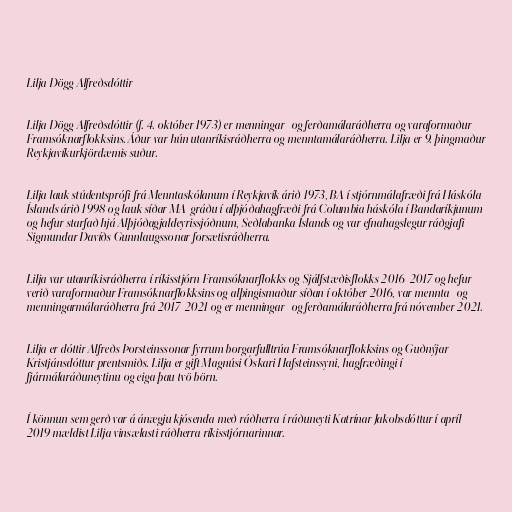
Lilja Dögg Alfreðsdóttir

Lilja Dögg Alfreðsdóttir (f. 4. október 1973) er menningar- og ferðamálaráðherra og varaformaður
Framsóknarflokksins. Áður var hún utanríkisráðherra og menntamálaráðherra. Lilja er 9. þingmaður
Reykjavíkurkjördæmis suður.

Lilja lauk stúdentsprófi frá Menntaskólanum í Reykjavík árið 1973, BA í stjórnmálafræði frá Háskóla
Íslands árið 1998 og lauk síðar MA-gráðu í alþjóðahagfræði frá Columbia háskóla í Bandaríkjunum
og hefur starfað hjá Alþjóðagjaldeyrissjóðnum, Seðlabanka Íslands og var efnahagslegur ráðgjafi
Sigmundar Davíðs Gunnlaugssonar forsætisráðherra.

Lilja var utanríkisráðherra í ríkisstjórn Framsóknarflokks og Sjálfstæðisflokks 2016-2017 og hefur
verið varaformaður Framsóknarflokksins og alþingismaður síðan í október 2016, var mennta- og
menningarmálaráðherra frá 2017-2021 og er menningar- og ferðamálaráðherra frá nóvember 2021.

Lilja er dóttir Alfreðs Þorsteinssonar fyrrum borgarfulltrúa Framsóknarflokksins og Guðnýjar
Kristjánsdóttur prentsmiðs. Lilja er gift Magnúsi Óskari Hafsteinssyni, hagfræðingi í
fjármálaráðuneytinu og eiga þau tvö börn.

Í könnun sem gerð var á ánægju kjósenda með ráðherra í ráðuneyti Katrínar Jakobsdóttur í apríl
2019 mældist Lilja vinsælasti ráðherra ríkisstjórnarinnar.